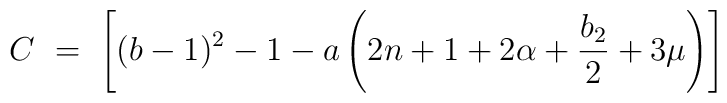
C\ =\ \left[ (b-1)^2 -1 -a\left(2n+1+2\alpha+ \frac{b_2}{2}+3\mu\right)\right]